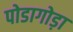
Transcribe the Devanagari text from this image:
पोडागोड़ा